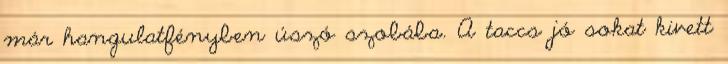
már hangulatfényben úszó szobába. A taccs jó sokat kivett